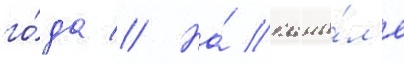
го́да // На́ кана́л'е